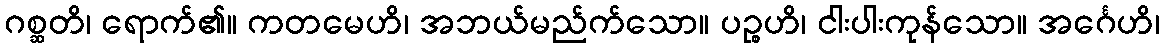
ဂစ္ဆတိ၊ ရောက်၏။ ကတမေဟိ၊ အဘယ်မည်က်သော။ ပဉ္စဟိ၊ ငါးပါးကုန်သော။ အင်္ဂေဟိ၊